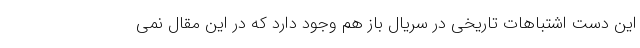
این دست اشتباهات تاریخی در سریال باز هم وجود دارد که در این مقال نمی